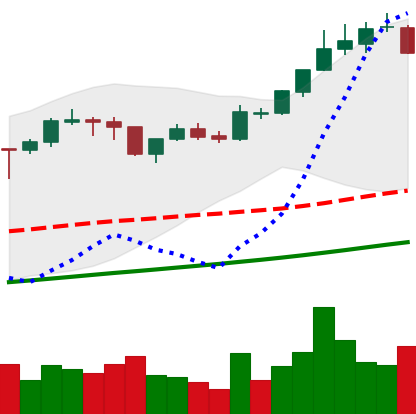
Ticker: BTC-USD
Chart end date: 2017-11-06
Forward return: -9.472%
Label: down_7plus